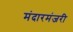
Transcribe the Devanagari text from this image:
मंदारमंजरी